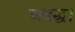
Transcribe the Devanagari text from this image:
अबद्ध।